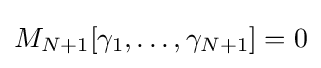
M_{N+1}[\gamma _{1},\dots ,\gamma _{N+1}]=0